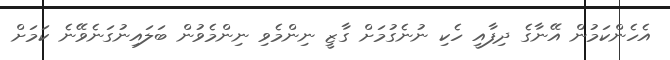
އެހެންކަމުން އޭނާގެ ދިފާއީ ހެކި ނުނެގުމަށް ގާޒީ ނިންމެވި ނިންމެވުން ބަލައިނުގަނެވޭނެ ކަމަށް